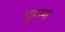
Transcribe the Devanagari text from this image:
मुहम्म